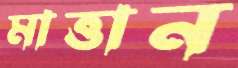
মাত্তান